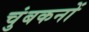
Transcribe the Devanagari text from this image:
चुंबकनों